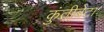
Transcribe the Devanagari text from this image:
कुंतीबेटा